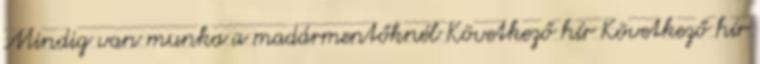
Mindig van munka a madármentőknél Következő hír Következő hír